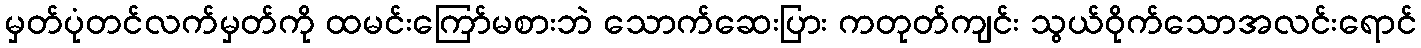
မှတ်ပုံတင်လက်မှတ်ကို ထမင်းကြော်မစားဘဲ သောက်ဆေးပြား ကတုတ်ကျင်း သွယ်ဝိုက်သောအလင်းရောင်